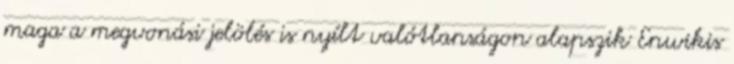
maga a megvonási jelölés is nyílt valótlanságon alapszik Enwikis